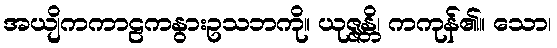
အယျိကကာဠကနွားဥသဘကို။ ယုဇ္ဇန္တိ၊ ကကုန်၏။ သော၊